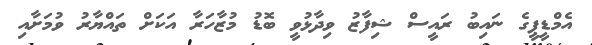
އެމްޑީޕީގެ ނައިބު ރައީސް ޝިފާޒު ވިދާޅުވީ ބޮޑު މުޒާހަރާ އަކަށް ތައްޔާރު ވުމަށާއި